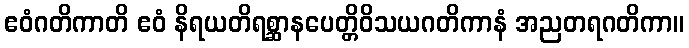
ဧဝံဂတိကာတိ ဧဝံ နိရယတိရစ္ဆာနပေတ္တိဝိသယဂတိကာနံ အညတရဂတိကာ။